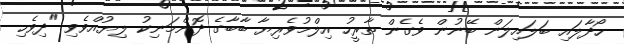
ހޯދާލައި ބަލައިލަން ބޭނުން ވެގެން ތާރީހު އިލްމުވެރިޔާ ބާބާގެ ދޮންމަނިކު ލިޔުއްވެވި "ދިވެހި